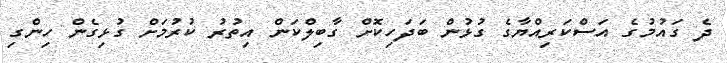
ދެ ގައުމުގެ އަސްކަރިއްޔާގެ ގުޅުން ބަދަހިކޮށް ގާބިލްކަން އިތުރު ކުރުމަށް ގުޅިގެން ހިންގި